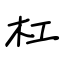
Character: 杠